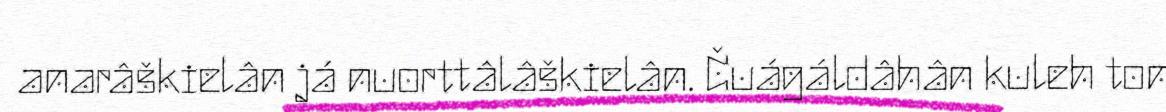
anarâškielân já nuorttâlâškielân. Čuágáldâhân kuleh ton